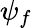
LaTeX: \psi_{f}